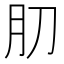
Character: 𰮁